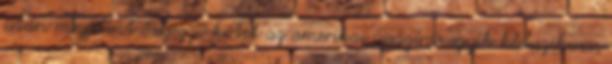
után megjelent összegző kötet az amerikai újságírás egyik klasszikusa,